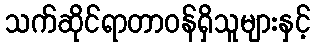
သက်ဆိုင်ရာတာဝန်ရှိသူများနှင့်